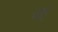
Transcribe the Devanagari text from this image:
ऊ्